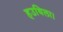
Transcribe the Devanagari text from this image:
हउथिला।